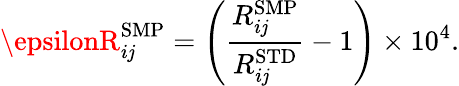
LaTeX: \epsilonR_{i\mathit{j}}^{\mathrm{{{SMP}}}}={\left(\frac{{R_{i\mathit{j}}^{\mathrm{{{SMP}}}}}}{{R_{i\mathit{j}}^{\mathrm{{{STD}}}}}}-1\right)}\times10^{4}.